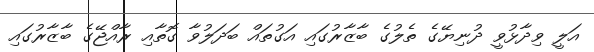
އަލީ ވިދާޅުވީ ދުނިޔޭގެ ތެލުގެ ބާޒާރުގައި އަގުތައް ބަދަލުވާ ގޮތާއި ރާއްޖޭގެ ބާޒާރުގައި